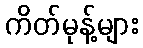
ကိတ်မုန့်များ